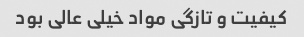
کیفیت و تازگی مواد خیلی عالی بود